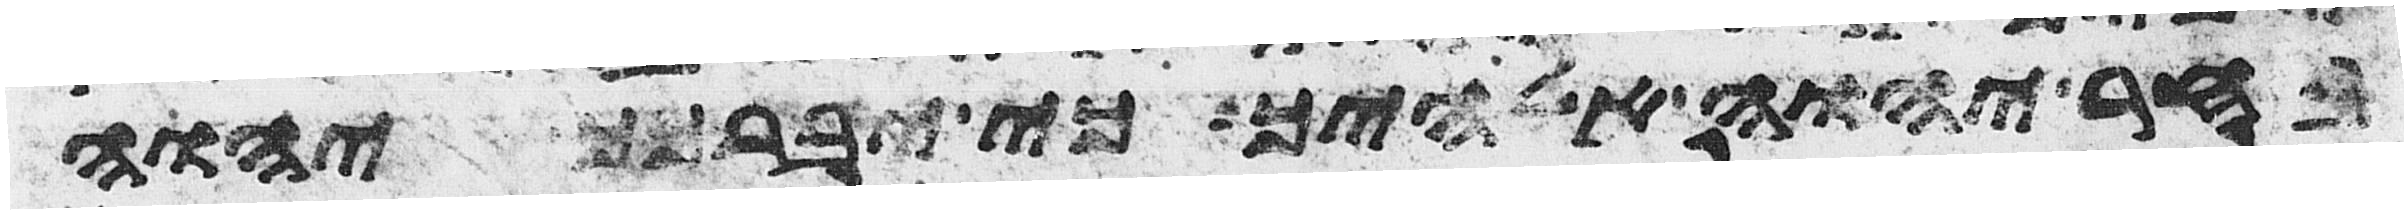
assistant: בחר יהוה אלהיך כי יברכך יהוה